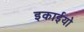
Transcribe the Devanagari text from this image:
इकाईयो